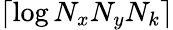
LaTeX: \lceil\log N_{x}N_{y}N_{k}\rceil